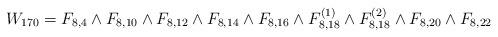
LaTeX: \begin{align*}W_{170}=F_{8,4} \wedge F_{8,10} \wedge F_{8,12} \wedge F_{8,14} \wedge F_{8,16} \wedge F_{8,18}^{(1)} \wedge F_{8,18}^{(2)} \wedge F_{8,20} \wedge F_{8,22} \end{align*}